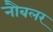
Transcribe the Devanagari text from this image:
नौबलर